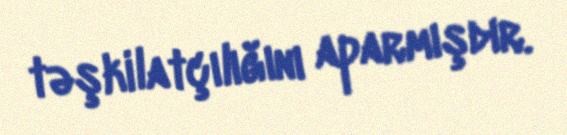
təşkilatçılığını aparmışdır.